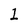
Character: 1